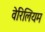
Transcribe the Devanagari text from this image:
वेरिलियम